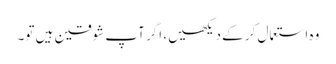
وہ استعمال کر کے دیکھیں، اگر آپ شوقین ہیں تو۔